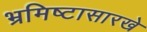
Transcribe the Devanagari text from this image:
भ्रमिष्टासारखे